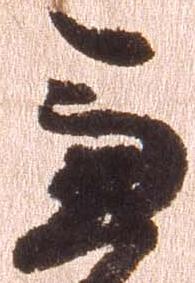
兼